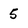
Character: 5